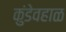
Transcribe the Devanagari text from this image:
कुंडेवहाळ